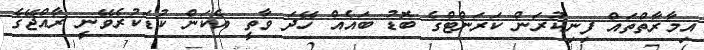
އިމާރާތްތައް ފިނިކުރަން ކަރަންޓްގެ ބޮޑު ބައެއް ހޭދަ ވާތީ އެކަން ކުޑަކުރެވޭނީ ރާއްޖޭގެ